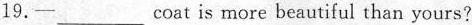
19.—___ coat is more beautiful than yours?